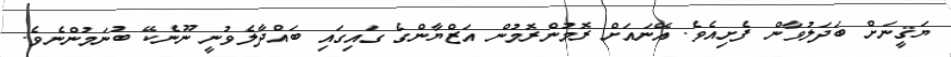
ޔަޤީނަށް ބަދަލުވާން ފެށިއެވެ. އޭނައަށް ރޮމުންރޮމުން އަޒްޔާންގެ ގައިގައި ބައްދާލެވުނީ ނޫނެކޭ ބުނަމުންނެވެ.